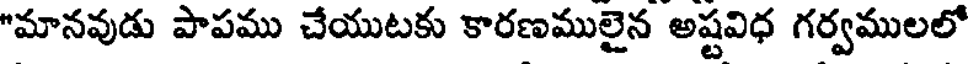
"మానవుడు పాపము చేయుటకు కారణములైన అష్టవిధ గర్వములలో